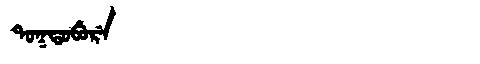
Manchu: ᡨᠣᡴᡨᠣᠪᡠᡵᡝ
Romanization: TOKTOBURE